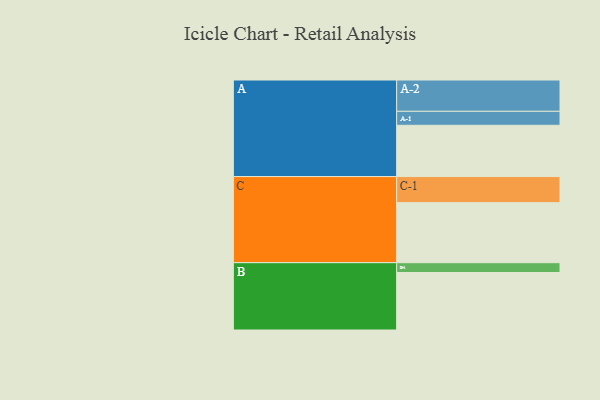
{"axis": {"x": "Segment", "y": "Value"}, "legend": ["", "A", "B", "C"], "data": [{"x": "A", "y": 403, "type": ""}, {"x": "B", "y": 452, "type": ""}, {"x": "C", "y": 472, "type": ""}, {"x": "A-1", "y": 110, "type": "A"}, {"x": "A-2", "y": 246, "type": "A"}, {"x": "B-1", "y": 77, "type": "B"}, {"x": "C-1", "y": 205, "type": "C"}]}